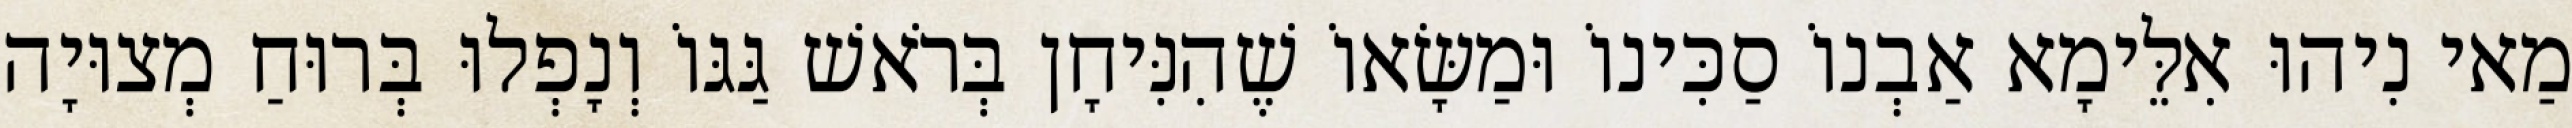
מַאי נִיהוּ אִלֵּימָא אַבְנוֹ סַכִּינוֹ וּמַשָּׂאוֹ שֶׁהִנִּיחָן בְּרֹאשׁ גַּגּוֹ וְנָפְלוּ בְּרוּחַ מְצוּיָה